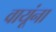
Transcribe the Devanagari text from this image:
वायूंना